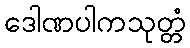
ဒေါဏပါကသုတ္တံ